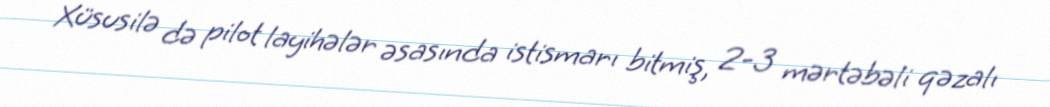
Xüsusilə də pilot layihələr əsasında istismarı bitmiş, 2-3 mərtəbəli qəzalı